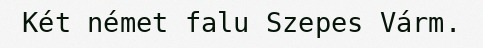
Két német falu Szepes Várm.